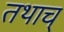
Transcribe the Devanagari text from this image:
तथाच्